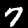
Digit: 7